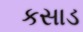
કસાડ